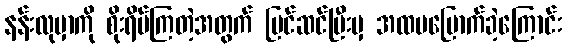
နန်းလုမှာကို စိုးရိမ်ကြတဲ့အတွက် ပြင်ဆင်ပြီးမှ အထမမြောက်ခဲ့ကြောင်း